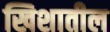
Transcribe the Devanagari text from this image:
खिशातील